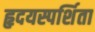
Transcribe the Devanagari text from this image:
हृदयस्पर्शिता